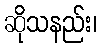
ဆိုသနည်း၊